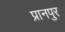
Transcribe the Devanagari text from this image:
प्रानपुर